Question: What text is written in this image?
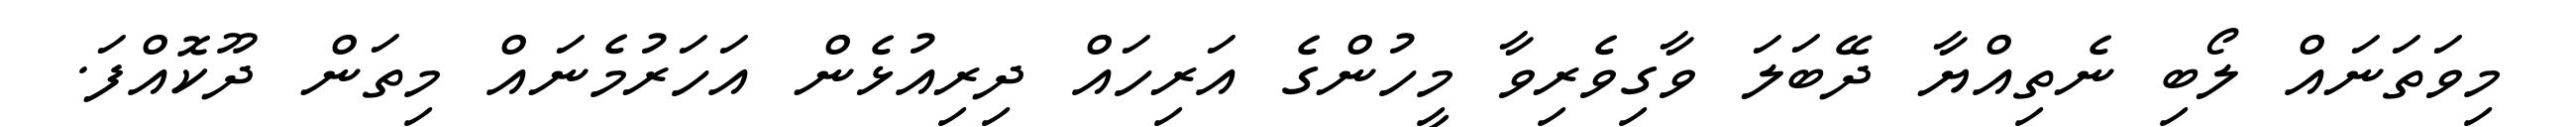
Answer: މިވަތަނައް ލޯބި ނެތިއްޔާ ދޭބަލަ ވާގިވެރިވާ މީހުންގެ އަރިހައް ދިރިއުޅެން އަހަރުމެނައް މިތަން ދޫކޮއްފަ.